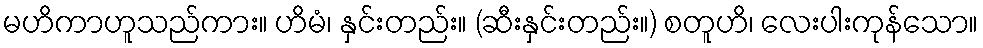
မဟိကာဟူသည်ကား။ ဟိမံ၊ နှင်းတည်း။ (ဆီးနှင်းတည်း။) စတူဟိ၊ လေးပါးကုန်သော။